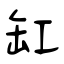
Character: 缸